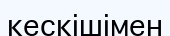
кескішімен